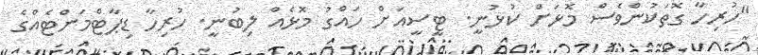
"ހުރިހާ ގޮތަކުންވެސް މޮޅަށް ކުޅުނީ. ޓީސީއަށް ހައްގު މޮޅެއް ލިބުނީ. ހުރިހާ ޑިޕާޓްމަންޓެއްގެ